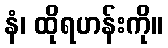
နံ၊ ထိုရဟန်းကို။